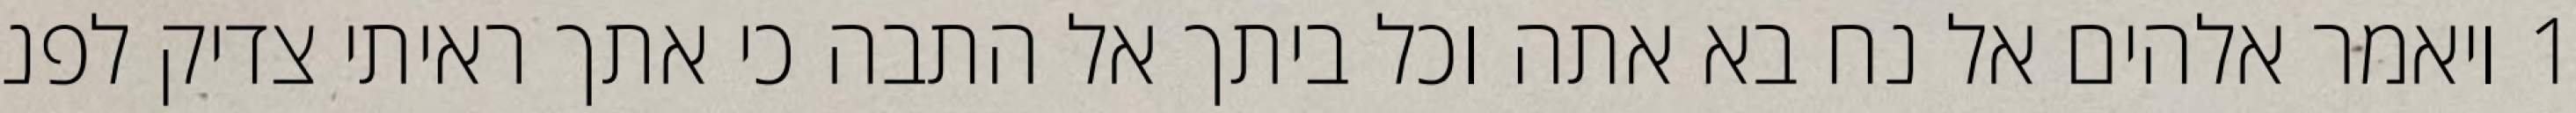
1 ויאמר אלהים אל נח בא אתה וכל ביתך אל התבה כי אתך ראיתי צדיק לפני